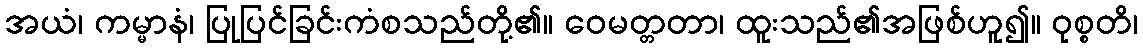
အယံ၊ ကမ္မာနံ၊ ပြုပြင်ခြင်းကံစသည်တို့၏။ ဝေမတ္တတာ၊ ထူးသည်၏အဖြစ်ဟူ၍။ ဝုစ္စတိ၊